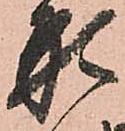
形